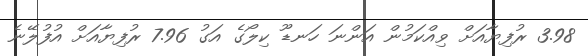
3.98 ރުފިޔާއަށް ވިއްކަމުން އަންނަ ހަނޑޫ ކިލޯގެ އަގު 7.96 ރުފިޔާއަށް އުފުލޭނެ